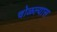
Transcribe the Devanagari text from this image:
चोळल्यास